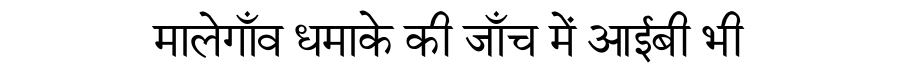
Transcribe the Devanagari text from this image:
मालेगाँव धमाके की जाँच में आईबी भी